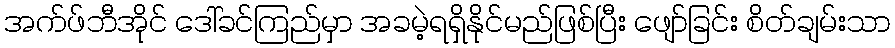
အက်ဖ်ဘီအိုင် ဒေါ်ခင်ကြည်မှာ အခမဲ့ရရှိနိုင်မည်ဖြစ်ပြီး ဖျော်ခြင်း စိတ်ချမ်းသာ